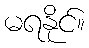
မရနိုင်။